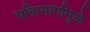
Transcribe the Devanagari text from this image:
भक्तिमार्गामुळे